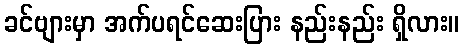
ခင်ဗျားမှာ အက်ပရင်ဆေးပြား နည်းနည်း ရှိလား။